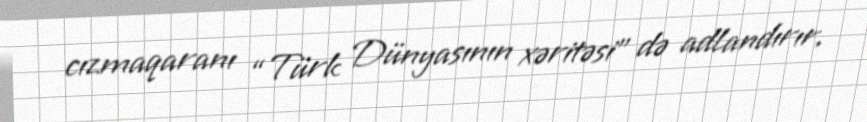
cızmaqaranı “Türk Dünyasının xəritəsi” də adlandırır.